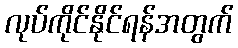
လုပ်ကိုင်နိုင်ရန်အတွက်